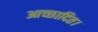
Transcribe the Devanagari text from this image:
आच्छादित।